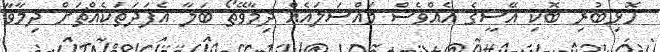
ހޮޅިބުރި ބޮކި އޭސީގެ އެއްވެސް މައްސަލައެއް ދިމާވޭތޯ ބަލާ އެފަދަތަކެއްޗަށް ދިމާވާ